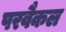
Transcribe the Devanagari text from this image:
परवैकल